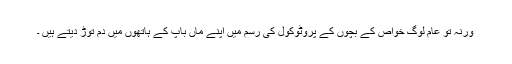
ورنہ تو عام لوگ خواص کے بچوں کے پروٹوکول کی رسم میں اپنے ماں باپ کے ہاتھوں میں دم توڑ دیتے ہیں ۔